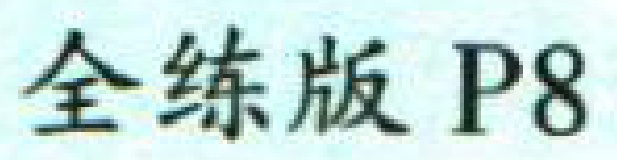
全练版 P8